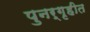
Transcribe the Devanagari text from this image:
पुनर्गृहीत